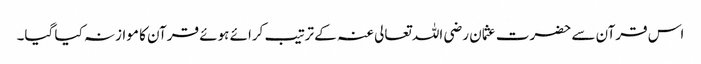
اس قرآن سے حضرت عثمان رضی اللہ تعالی عنہ کے ترتیب کرائے ہوئے قرآن کا موازنہ کیا گیا۔